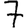
Digit: 7